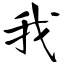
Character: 我